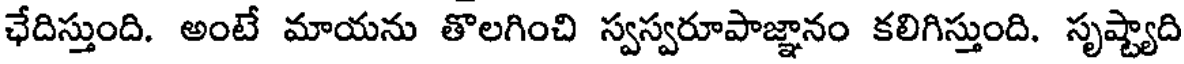
ఛేదిస్తుంది. అంటే మాయను తొలగించి స్వస్వరూపాజ్ఞానం కలిగిస్తుంది. సృష్ట్యాది